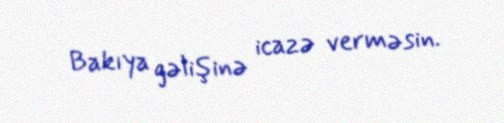
Bakıya gəlişinə icazə verməsin.